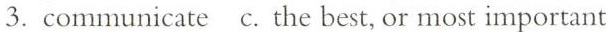
3. communicate c. The best, or most important